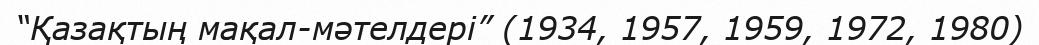
“Қазақтың мақал-мәтелдері” (1934, 1957, 1959, 1972, 1980)